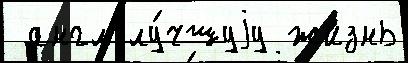
 англ лу́чшуjу жизнь